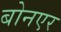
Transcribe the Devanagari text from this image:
बोनएर